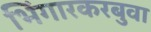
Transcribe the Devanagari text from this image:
भिंगारकरबुवा